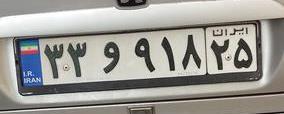
۳۳و۹۱۸۲۵